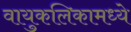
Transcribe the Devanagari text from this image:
वायुकलिकामध्ये